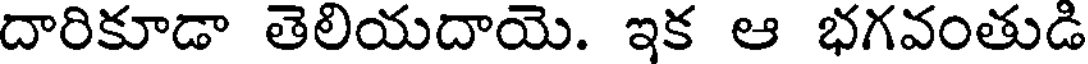
దారికూడా తెలియదాయె. ఇక ఆ భగవంతుడి